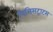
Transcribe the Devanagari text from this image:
पिसिसट्राटस